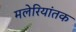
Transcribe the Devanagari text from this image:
मलेरियांतक